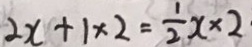
2 x + 1 \times 2 = \frac { 1 } { 2 } x \times 2